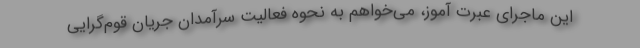
این ماجرای عبرت آموز، می‌خواهم به نحوه فعالیت سرآمدان جریان قوم‌گرایی